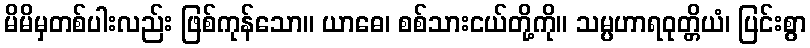
မိမိမှတစ်ပါးလည်း ဖြစ်ကုန်သော။ ယာဓေ၊ စစ်သားငယ်တို့ကို။ သမ္ပဟာရဝုတ္တိယံ၊ ပြင်းစွာ